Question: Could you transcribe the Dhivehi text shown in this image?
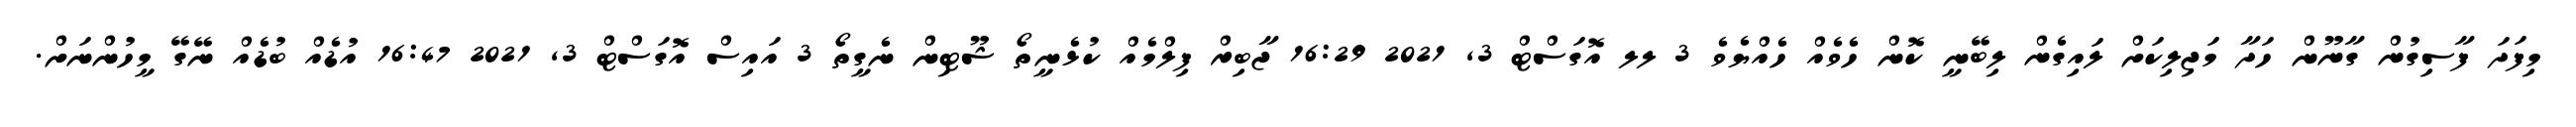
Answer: މިފަދަ ފާސިގުން ގާނޫން ހަދާ މަޖިލިކަށް ލައިގެން ލިބޭނީ ކޮން ހެވެއް ހެއްޔެވެ 3 ލލ އޮގަސްޓް 3, 2021 16:29 ޖާބިރް ފިލްމެއް ކުޅެނީތޯ ޝޫޓިން ނެގީތޯ 3 އައިސް އޮގަސްޓް 3, 2021 16:47 އުޑެއް ބުޑެއް ނޭގޭ މީހުންނަށް.